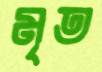
মৃত